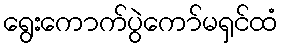
ရွေးကောက်ပွဲကော်မရှင်ထံ